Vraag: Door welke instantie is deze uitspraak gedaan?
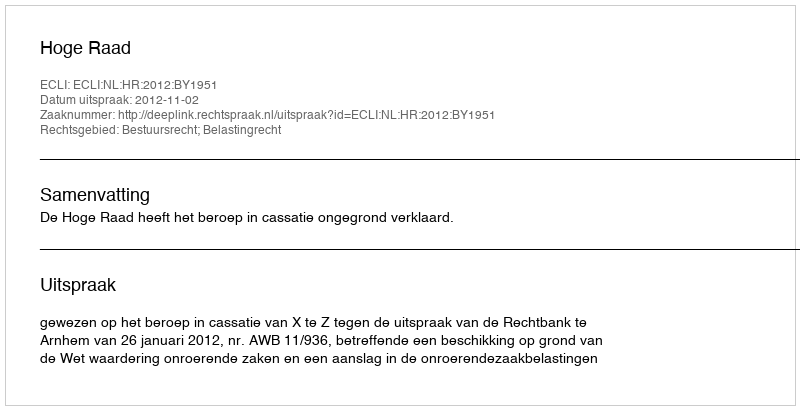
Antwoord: Hoge Raad